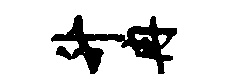
升冉